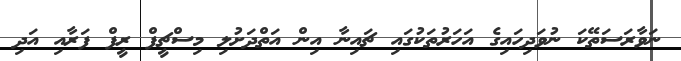
ނަވާރަސަތޭކަ ނުވަދިހައިގެ އަހަރުތަކުގައި ޗައިނާ އިން އަތްދަށުލި މިސްޗީފް ރީފް ފަރާއި އަދި